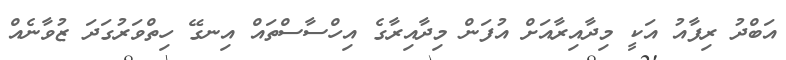
އަބްދު ރިފާއު އަކީ މިދާއިރާއަށް އުފަން މިދާއިރާގެ އިހްސާސްތައް އިނގޭ ހިތްވަރުގަދަ ޒުވާނެއް